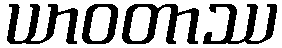
ယာဝတာဿ